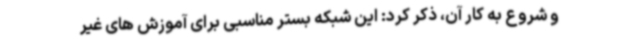
و شروع به کار آن، ذکر کرد: این شبکه بستر مناسبی برای آموزش های غیر